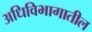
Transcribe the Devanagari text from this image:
अधिविभागातील